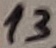
Text: 13